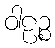
ဝါဠဉ္စ